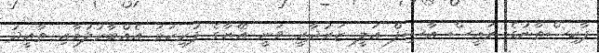
ޕާކިސްތާނުގެ ރައީސް އާސިފް އަލީ ޒަރުދާރީ ވަނީ އޭނާގެ ފުރިހަމަ އެއްބާރުލުމާއި ތާއީދު